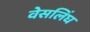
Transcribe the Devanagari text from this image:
वेसलिंघ